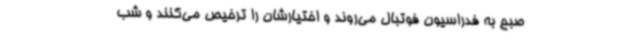
صبح به فدراسیون فوتبال می‌روند و اختیارشان را ترخیص می‌کنند و شب